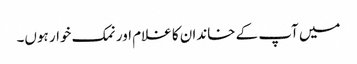
میں آپ کے خاندان کا غلام اور نمک خوار ہوں۔